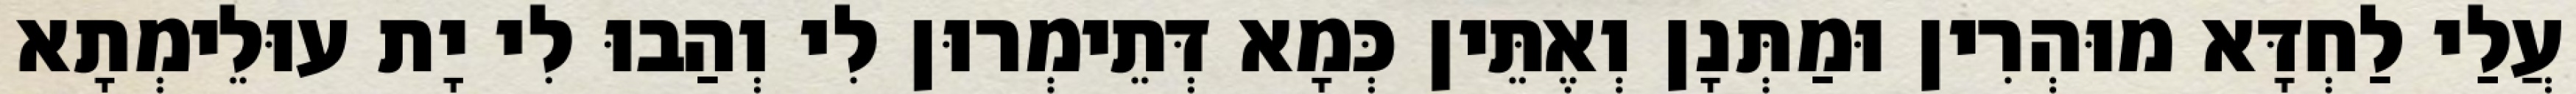
עֲלַי לַחְדָּא מוּהְרִין וּמַתְּנָן וְאֶתֵּין כְּמָא דְּתֵימְרוּן לִי וְהַבוּ לִי יָת עוּלֵימְתָא